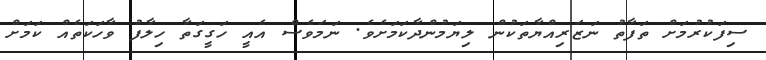
ސިފަކުރުމަށް ތަފާތު ނަޒަރިއްޔާތަކުން ލިޔަމުންދާކަމަށެވެ. ނަމަވެސް އެއީ ހަގީގަތާ ހިލާފު ވާހަކަތެއް ކަމަށް